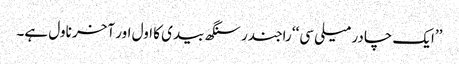
’’ایک چادر میلی سی‘‘ راجندر سنگھ بیدی کا اول اور آخر ناول ہے۔